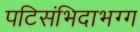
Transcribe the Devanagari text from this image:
पटिसंभिदाभग्ग